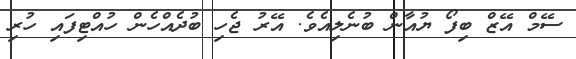
ސޭމް އޭޒް ބިފޯ ޔުއާން ބުނެލިއެވެ. އޭރު ޖެހި ބުދެއްހެން ހުއްޓިފައި ހުރި